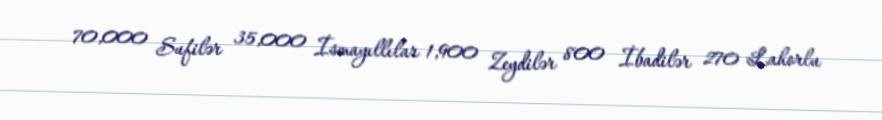
70,000 Sufilər 35,000 İsmayıllılar 1,900 Zeydilər 800 İbadilər 270 Lahorlu